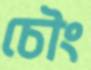
চৌং